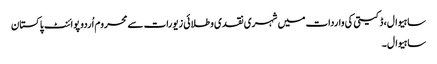
ساہیوال، ڈکیتی کی واردات میں شہری نقدی و طلائی زیورات سے محروم اُردو پوائنٹ پاکستان
ساہیوال۔